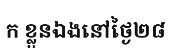
ក ខ្លួនឯងនៅថ្ងៃ២៨